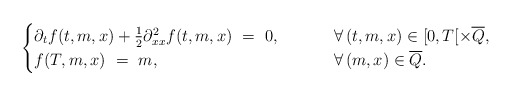
\begin{align*}\begin{cases}\partial_t f(t,m,x) + \frac{1}{2}\partial_{xx}^2 f(t,m,x) \ = \ 0, \qquad\;\, &\forall\,(t,m,x)\in[0,T[\times\overline Q, \\f(T,m,x) \ = \ m, &\forall\,(m,x)\in\overline Q.\end{cases}\end{align*}